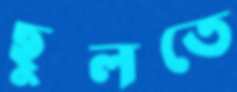
ছুলতে